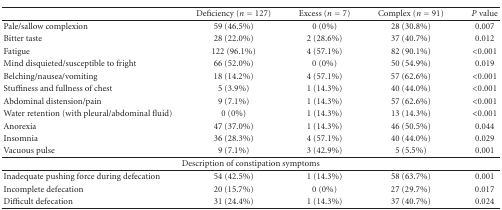
<table><thead><tr><td></td><td><b>Deficiency (<i>n</i> = 127)</b></td><td><b>Excess (<i>n</i> = 7)</b></td><td><b>Complex (<i>n</i> = 91)</b></td><td><b><i>P</i> value</b></td></tr></thead><tbody><tr><td>Pale/sallow complexion</td><td>59 (46.5%)</td><td>0 (0%)</td><td>28 (30.8%)</td><td>0.007</td></tr><tr><td>Bitter taste</td><td>28 (22.0%)</td><td>2 (28.6%)</td><td>37 (40.7%)</td><td>0.012</td></tr><tr><td>Fatigue</td><td>122 (96.1%)</td><td>4 (57.1%)</td><td>82 (90.1%)</td><td>&lt;0.001</td></tr><tr><td>Mind disquieted/susceptible to fright</td><td>66 (52.0%)</td><td>0 (0%)</td><td>50 (54.9%)</td><td>0.019</td></tr><tr><td>Belching/nausea/vomiting</td><td>18 (14.2%)</td><td>4 (57.1%)</td><td>57 (62.6%)</td><td>&lt;0.001</td></tr><tr><td>Stuffiness and fullness of chest</td><td>5 (3.9%)</td><td>1 (14.3%)</td><td>40 (44.0%)</td><td>&lt;0.001</td></tr><tr><td>Abdominal distension/pain</td><td>9 (7.1%)</td><td>1 (14.3%)</td><td>57 (62.6%)</td><td>&lt;0.001</td></tr><tr><td>Water retention (with pleural/abdominal fluid)</td><td>0 (0%)</td><td>1 (14.3%)</td><td>13 (14.3%)</td><td>&lt;0.001</td></tr><tr><td>Anorexia</td><td>47 (37.0%)</td><td>1 (14.3%)</td><td>46 (50.5%)</td><td>0.044</td></tr><tr><td>Insomnia</td><td>36 (28.3%)</td><td>4 (57.1%)</td><td>40 (44.0%)</td><td>0.029</td></tr><tr><td>Vacuous pulse</td><td>9 (7.1%)</td><td>3 (42.9%)</td><td>5 (5.5%)</td><td>0.001</td></tr><tr><td colspan="5">Description of constipation symptoms</td></tr><tr><td>Inadequate pushing force during defecation</td><td>54 (42.5%)</td><td>1 (14.3%)</td><td>58 (63.7%)</td><td>0.001</td></tr><tr><td>Incomplete defecation</td><td>20 (15.7%)</td><td>0 (0%)</td><td>27 (29.7%)</td><td>0.017</td></tr><tr><td>Difficult defecation</td><td>31 (24.4%)</td><td>1 (14.3%)</td><td>37 (40.7%)</td><td>0.024</td></tr></tbody></table>